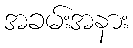
အခမ်းအနား